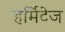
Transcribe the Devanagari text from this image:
हर्मिटेज